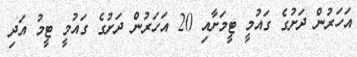
އަހަރުން ދަށުގެ ގައުމީ ޓީމަށާއި 20 އަހަރުން ދަށުގެ ގައުމީ ޓީމު އަދި